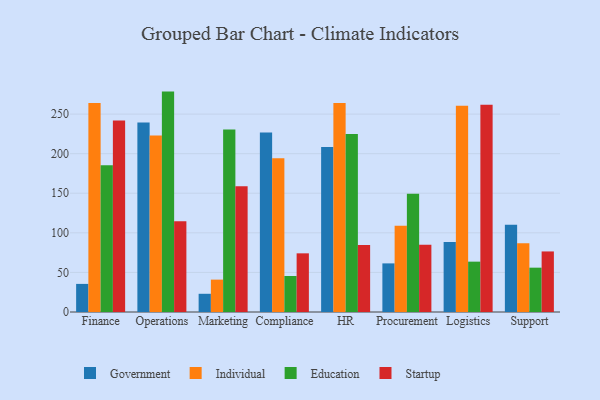
{"axis": {"x": "Department", "y": "Gross Profit (USD K)"}, "legend": ["Education", "Government", "Individual", "Startup"], "data": [{"x": "Finance", "y": 35.5, "type": "Government"}, {"x": "Finance", "y": 264.0, "type": "Individual"}, {"x": "Finance", "y": 185.4, "type": "Education"}, {"x": "Finance", "y": 241.8, "type": "Startup"}, {"x": "Operations", "y": 239.3, "type": "Government"}, {"x": "Operations", "y": 222.8, "type": "Individual"}, {"x": "Operations", "y": 278.4, "type": "Education"}, {"x": "Operations", "y": 114.5, "type": "Startup"}, {"x": "Marketing", "y": 23.0, "type": "Government"}, {"x": "Marketing", "y": 40.9, "type": "Individual"}, {"x": "Marketing", "y": 230.5, "type": "Education"}, {"x": "Marketing", "y": 158.9, "type": "Startup"}, {"x": "Compliance", "y": 226.8, "type": "Government"}, {"x": "Compliance", "y": 194.1, "type": "Individual"}, {"x": "Compliance", "y": 45.5, "type": "Education"}, {"x": "Compliance", "y": 74.1, "type": "Startup"}, {"x": "HR", "y": 208.5, "type": "Government"}, {"x": "HR", "y": 264.1, "type": "Individual"}, {"x": "HR", "y": 224.7, "type": "Education"}, {"x": "HR", "y": 84.6, "type": "Startup"}, {"x": "Procurement", "y": 61.4, "type": "Government"}, {"x": "Procurement", "y": 109.1, "type": "Individual"}, {"x": "Procurement", "y": 149.4, "type": "Education"}, {"x": "Procurement", "y": 84.9, "type": "Startup"}, {"x": "Logistics", "y": 88.3, "type": "Government"}, {"x": "Logistics", "y": 260.4, "type": "Individual"}, {"x": "Logistics", "y": 63.6, "type": "Education"}, {"x": "Logistics", "y": 261.7, "type": "Startup"}, {"x": "Support", "y": 110.1, "type": "Government"}, {"x": "Support", "y": 86.8, "type": "Individual"}, {"x": "Support", "y": 56.0, "type": "Education"}, {"x": "Support", "y": 76.5, "type": "Startup"}]}